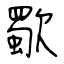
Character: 歜